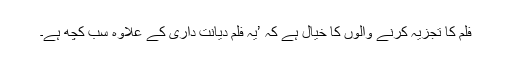
فلم کا تجزیہ کرنے والوں کا خیال ہے کہ ’یہ فلم دیانت داری کے علاوہ سب کچھ ہے۔